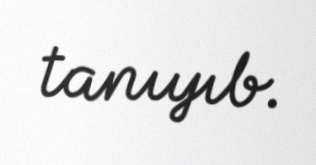
tanıyıb.